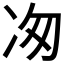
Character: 𭂉